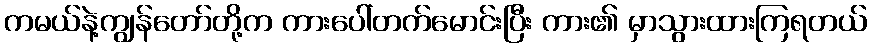
ကမယ်နဲ့ကျွန်တော်တို့က ကားပေါ်တက်မောင်းပြီး ကား၏ မှာသွားထားကြရတယ်